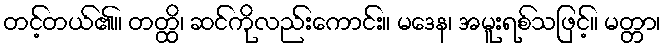
တင့်တယ်၏။ တတ္ထိ၊ ဆင်ကိုလည်းကောင်း။ မဒေန၊ အမူးရစ်သဖြင့်။ မတ္တာ၊